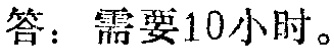
答：需要10小时。